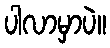
ပါလာမှာပဲ။